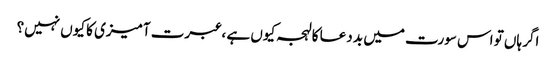
اگر ہاں تو اس سورت میں بد دعا کا لہجہ کیوں ہے ، عبرت آمیزی کا کیوں نہیں؟